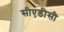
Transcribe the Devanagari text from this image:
सीएडीसी